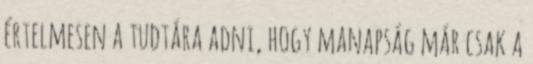
értelmesen a tudtára adni, hogy manapság már csak a